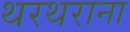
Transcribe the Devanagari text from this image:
थरथराना